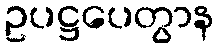
ဥပဋ္ဌပေတွာန